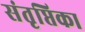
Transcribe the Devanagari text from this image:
संतृप्तिका